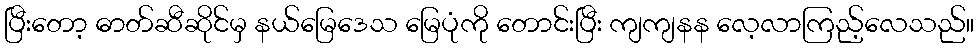
ပြီးတော့ ဓာတ်ဆီဆိုင်မှ နယ်မြေဒေသ မြေပုံကို တောင်းပြီး ကျကျနန လေ့လာကြည့်လေသည်။